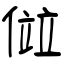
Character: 傡